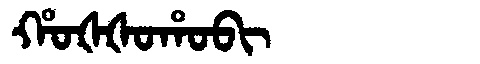
Manchu: ᡥᠣᡧᡧᠣᡥᠣᠪᡳ
Romanization: HOŠŠOHOBI